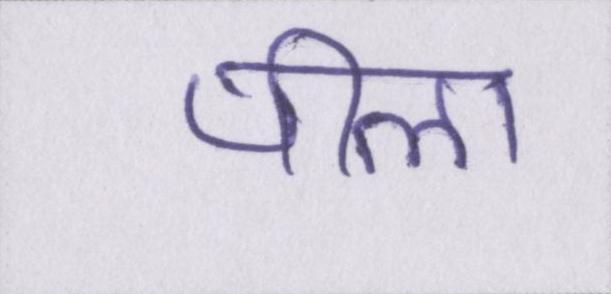
पीला